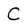
Character: C